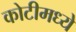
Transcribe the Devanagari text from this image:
कोटीमध्ये